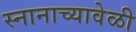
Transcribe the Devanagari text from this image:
स्नानाच्यावेळी